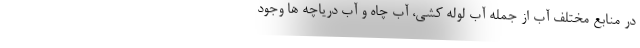
در منابع مختلف آب از جمله آب لوله کشی، آب چاه و آب دریاچه ها وجود